Report of the Municipal Commissioner on the plague in Bombay for the year ending 31st May... - Volume 3
Disease focus: Plague
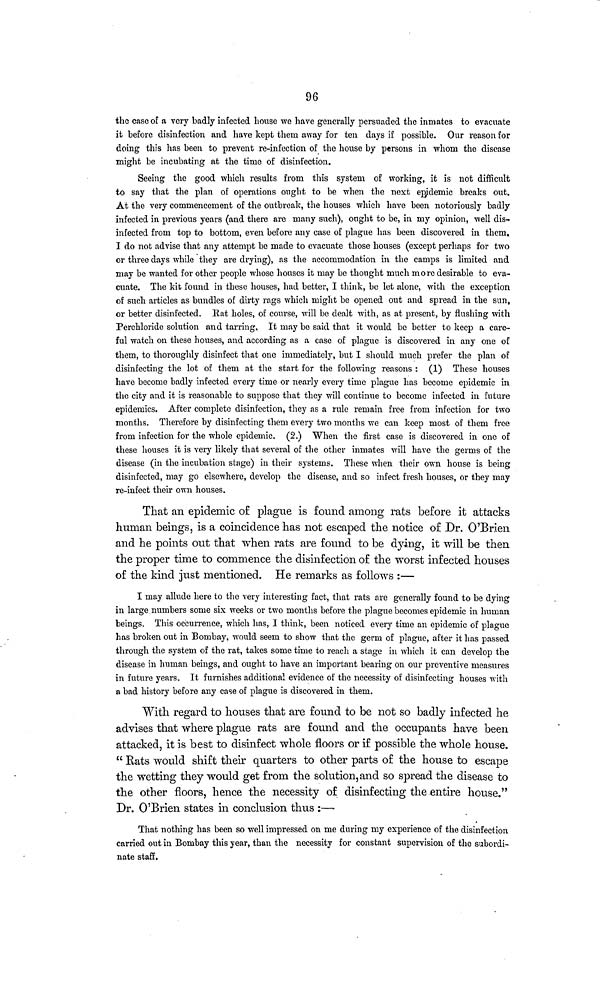
96
the case of a very badly infected house we have generally persuaded the inmates to evacuate
it before disinfection and have kept them away for ten days if possible. Our reason for
doing this has been to prevent re-infection of the house by persons in whom the disease
might be incubating at the time of disinfection.
Seeing the good which results from this system of working, it is not difficult
to say that the plan of operations ought to be when the next epidemic breaks out.
At the very commencement of the outbreak, the houses which have been notoriously badly
infected in previous years (and there are many such), ought to be, in my opinion, well dis-
infected from top to bottom, even before any case of plague has been discovered in them,
I do not advise that any attempt be made to evacuate those houses (except perhaps for two
or three days while they are drying), as the accommodation in the camps is limited and
may be wanted for other people whose houses it may be thought much more desirable to eva-
cuate. The kit found in these houses, had better, I think, be let alone, with the exception
of such articles as bundles of dirty rags which might be opened out and spread in the sun,
or better disinfected. Rat holes, of course, will be dealt with, as at present, by flushing with
Perchloride solution and tarring. It may be said that it would be better to keep a care-
ful watch on these houses, and according as a case of plague is discovered in any one of
them, to thoroughly disinfect that one immediately, but I should much prefer the plan of
disinfecting the lot of them at the start for the following reasons : (1) These houses
have become badly infected every time or nearly every time plague has become epidemic in
the city and it is reasonable to suppose that they will continue to become infected in future
epidemics. After complete disinfection, they as a rule remain free from infection for two
months. Therefore by disinfecting them every two months we can keep most of them free
from infection for the whole epidemic. (2.) When the first case is discovered in one of
these houses it is very likely that several of the other inmates will have the germs of the
disease (in the incubation stage) in their systems. These when their own house is being
disinfected, may go elsewhere, develop the disease, and so infect fresh houses, or they may
re-infect their own houses.
That an epidemic of plague is found among rats before it attacks
human beings, is a coincidence has not escaped the notice of Dr. O'Brien
and he points out that when rats are found to be dying, it will be then
the proper time to commence the disinfection of the worst infected houses
of the kind just mentioned. He remarks as follows :—
I may allude here to the very interesting fact, that rats are generally found to be dying
in large numbers some six weeks or two months before the plague becomes epidemic in human
beings. This occurrence, which has, I think, been noticed every time an epidemic of plague
has broken out in Bombay, would seem to show that the germ of plague, after it has passed
through the system of the rat, takes some time to reach a stage in which it can develop the
disease in human beings, and ought to have an important bearing on our preventive measures
in future years. It furnishes additional evidence of the necessity of disinfecting houses with
a bad history before any case of plague is discovered in them.
With regard to houses that are found to be not so badly infected he
advises that where plague rats are found and the occupants have been
attacked, it is best to disinfect whole floors or if possible the whole house.
"Rats would shift their quarters to other parts of the house to escape
the wetting they would get from the solution, and so spread the disease to
the other floors, hence the necessity of disinfecting the entire house."
Dr. O'Brien states in conclusion thus :—
That nothing has been so well impressed on me during my experience of the disinfection
carried out in Bombay this year, than the necessity for constant supervision of the subordi-
nate staff.